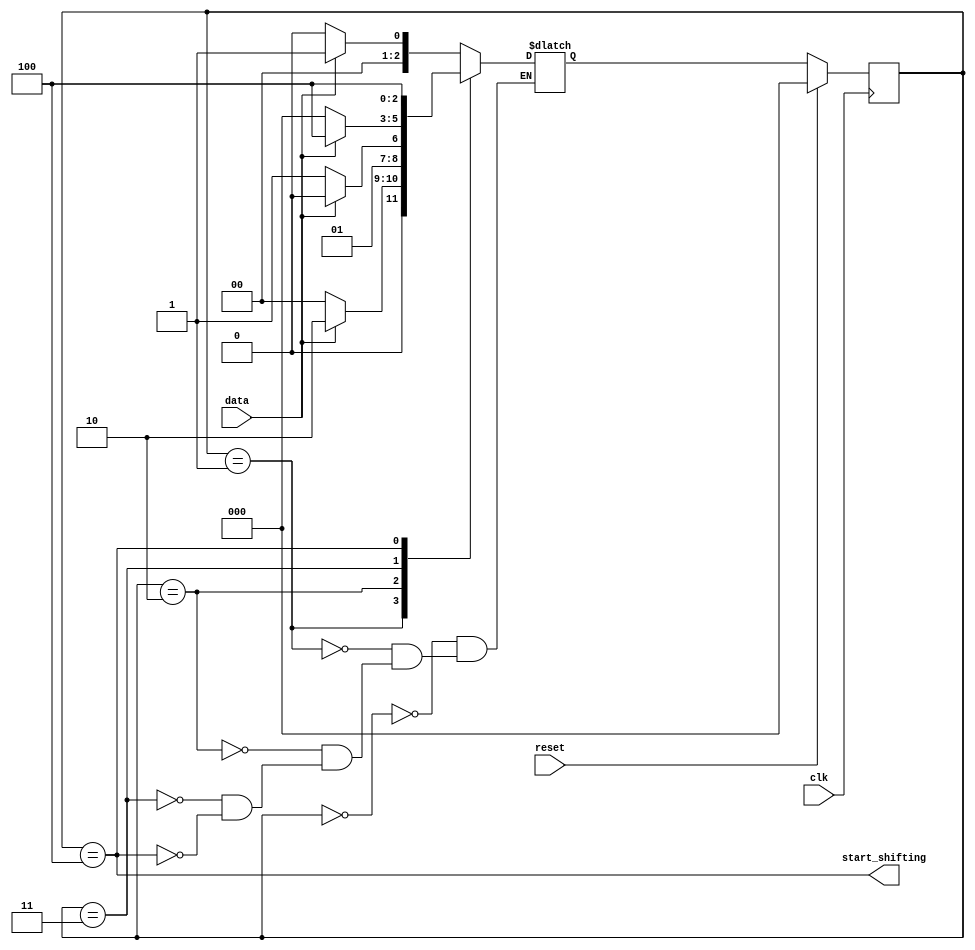
module top_module (
    input clk,
    input reset,      // Synchronous reset
    input data,
    output start_shifting);

    reg [2:0]y, Y;
    parameter [2:0] A=0, B=1, C=2, D=3, E=4;

    always@(*)begin
        case(y)
            A:  Y <= data ? B : A; 
            B:  Y <= data ? C : A;
            C:  Y <= data ? C : D;
            D:  Y <= data ? E : A;
            E:  Y <= E;
        endcase
    end

    always@(posedge clk)begin
        if(reset)
            y <= A;
        else
            y <= Y;
    end

    assign start_shifting = (y == E);



endmodule